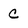
Character: c